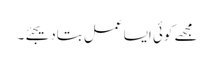
مجھے کوئی ایسا عمل بتادیجئے۔